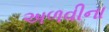
અળવીના